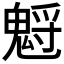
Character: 𩳡